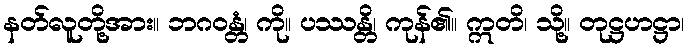
နတ်လူတို့အား။ ဘဂဝန္တံ၊ ကို။ ပဿန္တိ၊ ကုန်၏။ ဣတိ၊ သို့။ တုဋ္ဌဟဋ္ဌာ၊